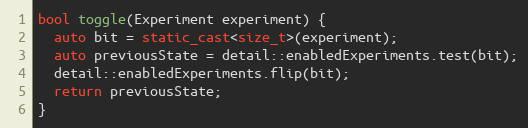
Language: C++
bool toggle(Experiment experiment) {
  auto bit = static_cast<size_t>(experiment);
  auto previousState = detail::enabledExperiments.test(bit);
  detail::enabledExperiments.flip(bit);
  return previousState;
}